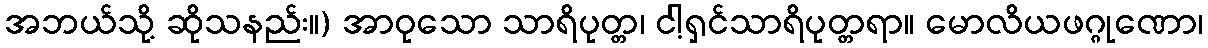
အဘယ်သို့ ဆိုသနည်း။) အာဝုသော သာရိပုတ္တ၊ ငါ့ရှင်သာရိပုတ္တရာ။ မောလိယဖဂ္ဂုဏော၊